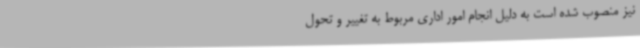
نیز منصوب شده‌ است به دلیل انجام امور اداری مربوط به تغییر و تحول